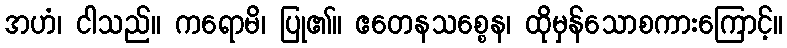
အဟံ၊ ငါသည်။ ကရောမိ၊ ပြု၏။ ဧတေနသစ္စေန၊ ထိုမှန်သောစကားကြောင့်။